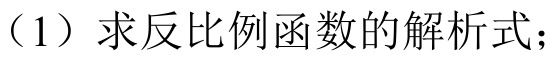
（1）求反比例函数的解析式；